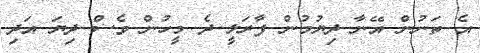
އެ ތަނުން އޭނާ ދިޔުމުން ފާރަލީ ދެ މީހުން ވެސް ދިޔަ އަދި